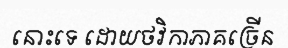
នោះទេ ដោយថវិកាភាគច្រើន